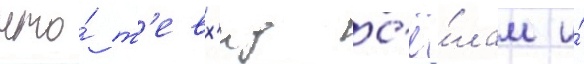
что́ т'евх'ид с'ё́лам и́